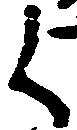
く